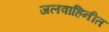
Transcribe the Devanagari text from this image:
जलवाहिनीत